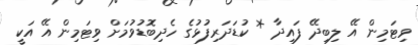
ވިޓަމިން އޭ ލިބިދޭ ފައިދާ * ކުޑަދަރިފުޅުގެ ހެދިބޮޑުވުމަށް ވިޓަމިން އޭ އަކީ